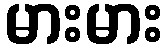
မားမား